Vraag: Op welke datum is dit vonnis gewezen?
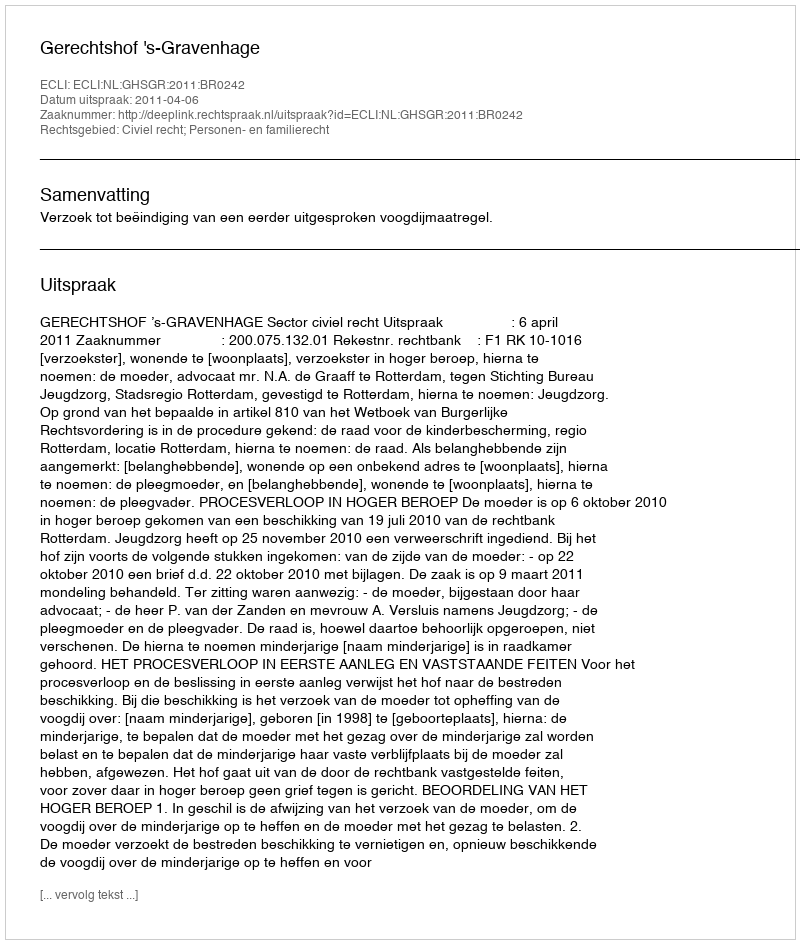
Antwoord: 2011-04-06